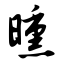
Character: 曛